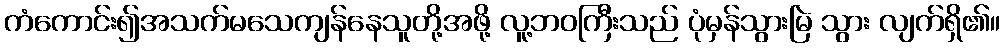
ကံကောင်း၍အသက်မသေကျန်နေသူတို့အဖို့ လူ့ဘဝကြီးသည် ပုံမှန်သွားမြဲ သွား လျက်ရှိ၏။